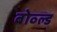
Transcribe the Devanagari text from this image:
बोव्ल्ड